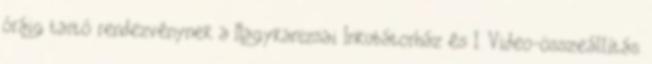
óráig tartó rendezvénynek a Nagykanizsai Inkubátorház és I. Video-összeállítás